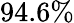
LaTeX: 94.6\%